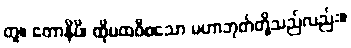
တူ။ ဧတာနိပိ၊ ထိုပထဝီစသော မဟာဘုတ်တို့သည်လည်း။